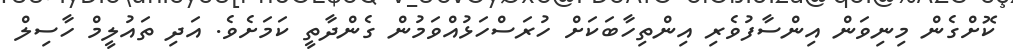
ކޮށްގެން މިނިވަން އިންސާފުވެރި އިންތިހާބަކަށް ހުރަސްހަޅުއްވަމުން ގެންދާތީ ކަމަށެވެ. އަދި ތައުލީމް ހާސިލް